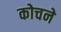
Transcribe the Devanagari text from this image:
कोचने